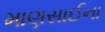
માણસાઈના